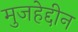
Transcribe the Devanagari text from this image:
मुजहेद्दीन